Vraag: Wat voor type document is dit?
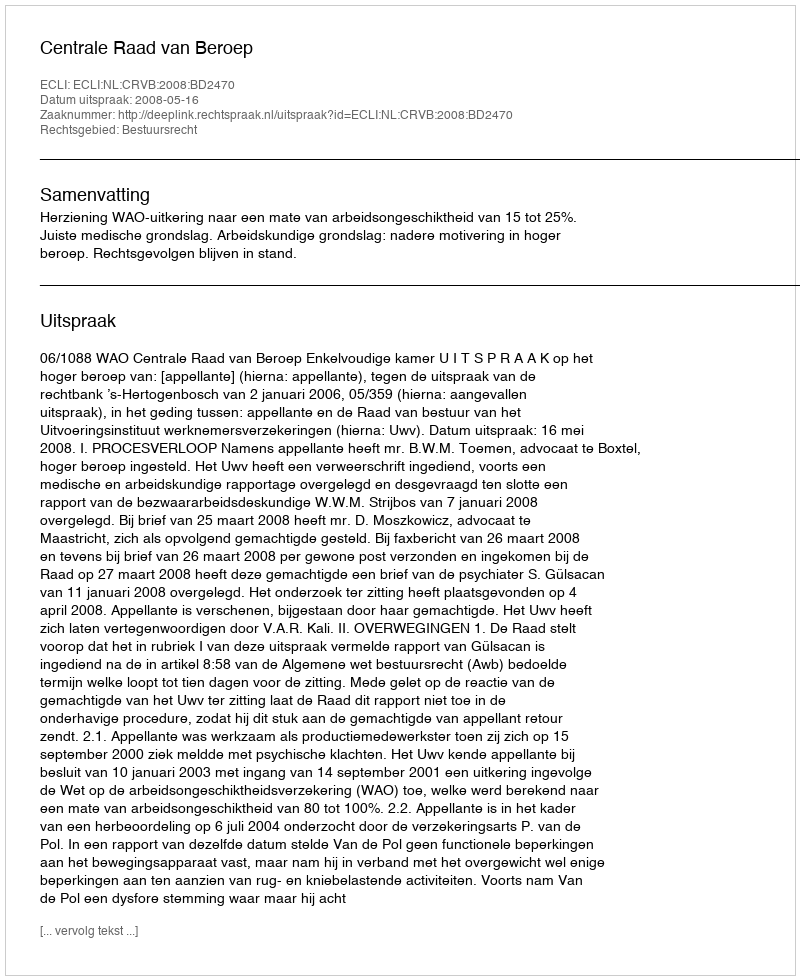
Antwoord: Uitspraak